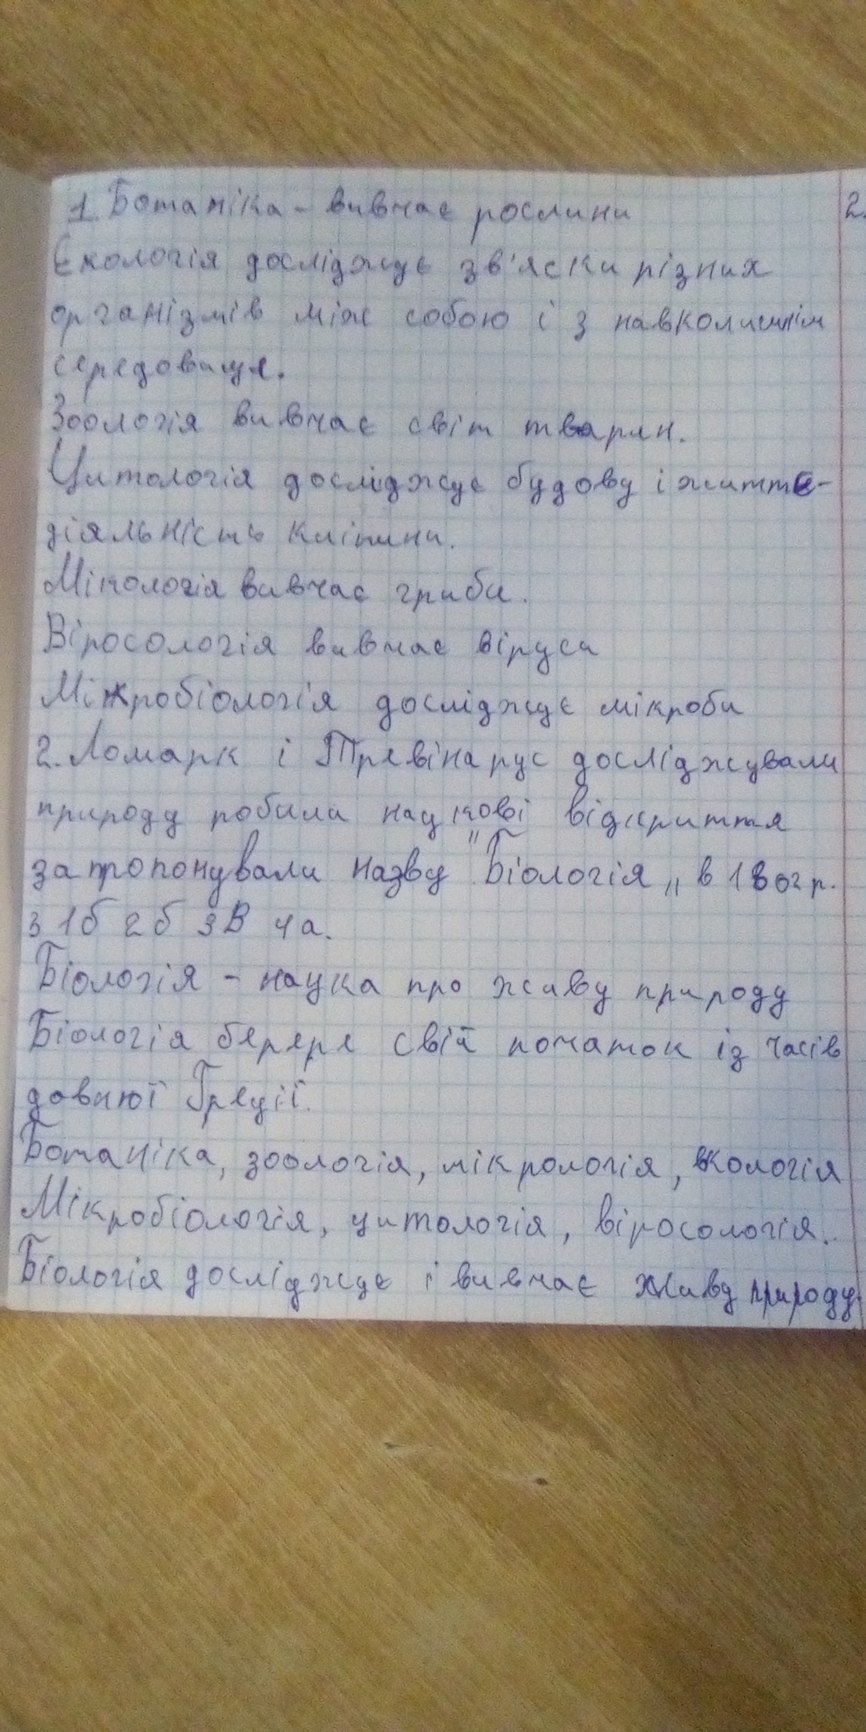
1. Ботаніка - вивчає рослини
2.
Екологія досліджує зв'язки різних
організмів між собою і з навколишнім
середовище.
Зоологія вивчає світ тварин.
Цитологія досліджує будову і життє-
діяльність клітини.
Мікологія вивчає гриби.
Вірусологія вивчає віруси
Мікробіологія досліджує мікроби
2. Ломарк і Тревінарус досліджували
природу робили наукові відкриття
запропонували назву "Біологія" в 1802 р.
3 1б 2б 3В 4а.
Біологія - наука про живу природу
Біологія берере свій початок із часів
давньої Греції.
Ботаніка, зоологія, мікрологія, екологія
Мікробіологія, цитологія, вірусологія.
Біологія досліджує і вивчає живу природу.